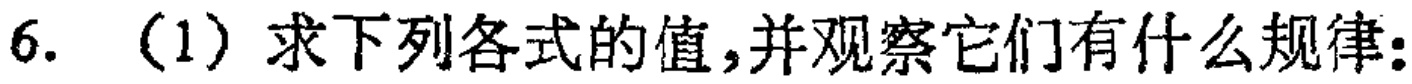
6. （1）求下列各式的值,并观察它们有什么规律: